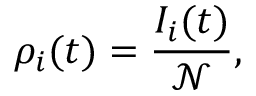
\rho _ { i } ( t ) = \frac { I _ { i } ( t ) } { \mathcal { N } } ,